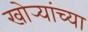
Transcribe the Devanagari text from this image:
खोर्‍यांच्या